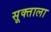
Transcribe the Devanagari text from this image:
सूक्ताला